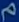
q